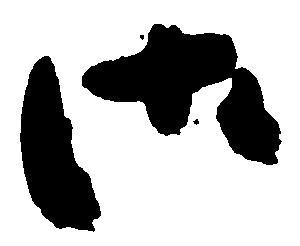
御